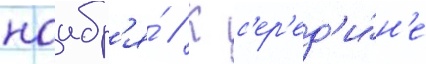
ноабр'я́ // К с'ер'ед'и́н'е